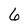
Character: 6